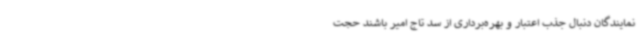
نمایندگان دنبال جذب اعتبار و بهره‌برداری از سد تاج امیر باشند حجت